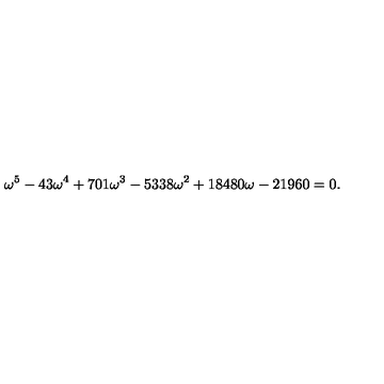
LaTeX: \omega ^ { 5 } - 4 3 \omega ^ { 4 } + 7 0 1 \omega ^ { 3 } - 5 3 3 8 \omega ^ { 2 } + 1 8 4 8 0 \omega - 2 1 9 6 0 = 0 .